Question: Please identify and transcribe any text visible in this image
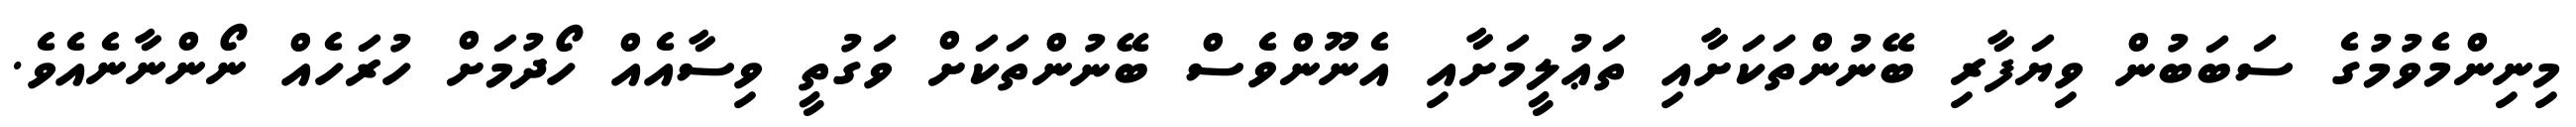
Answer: މިނިންމެވުމުގެ ސަބަބުން ވިޔަފާރި ބޭނުންތަކަށާއި ތަޢުލީމަށާއި އެނޫންވެސް ބޭނުންތަކަށް ވަގުތީ ވިސާއެއް ހޯދުމަށް ހުރަހެއް ނޯންނާނެއެވެ.